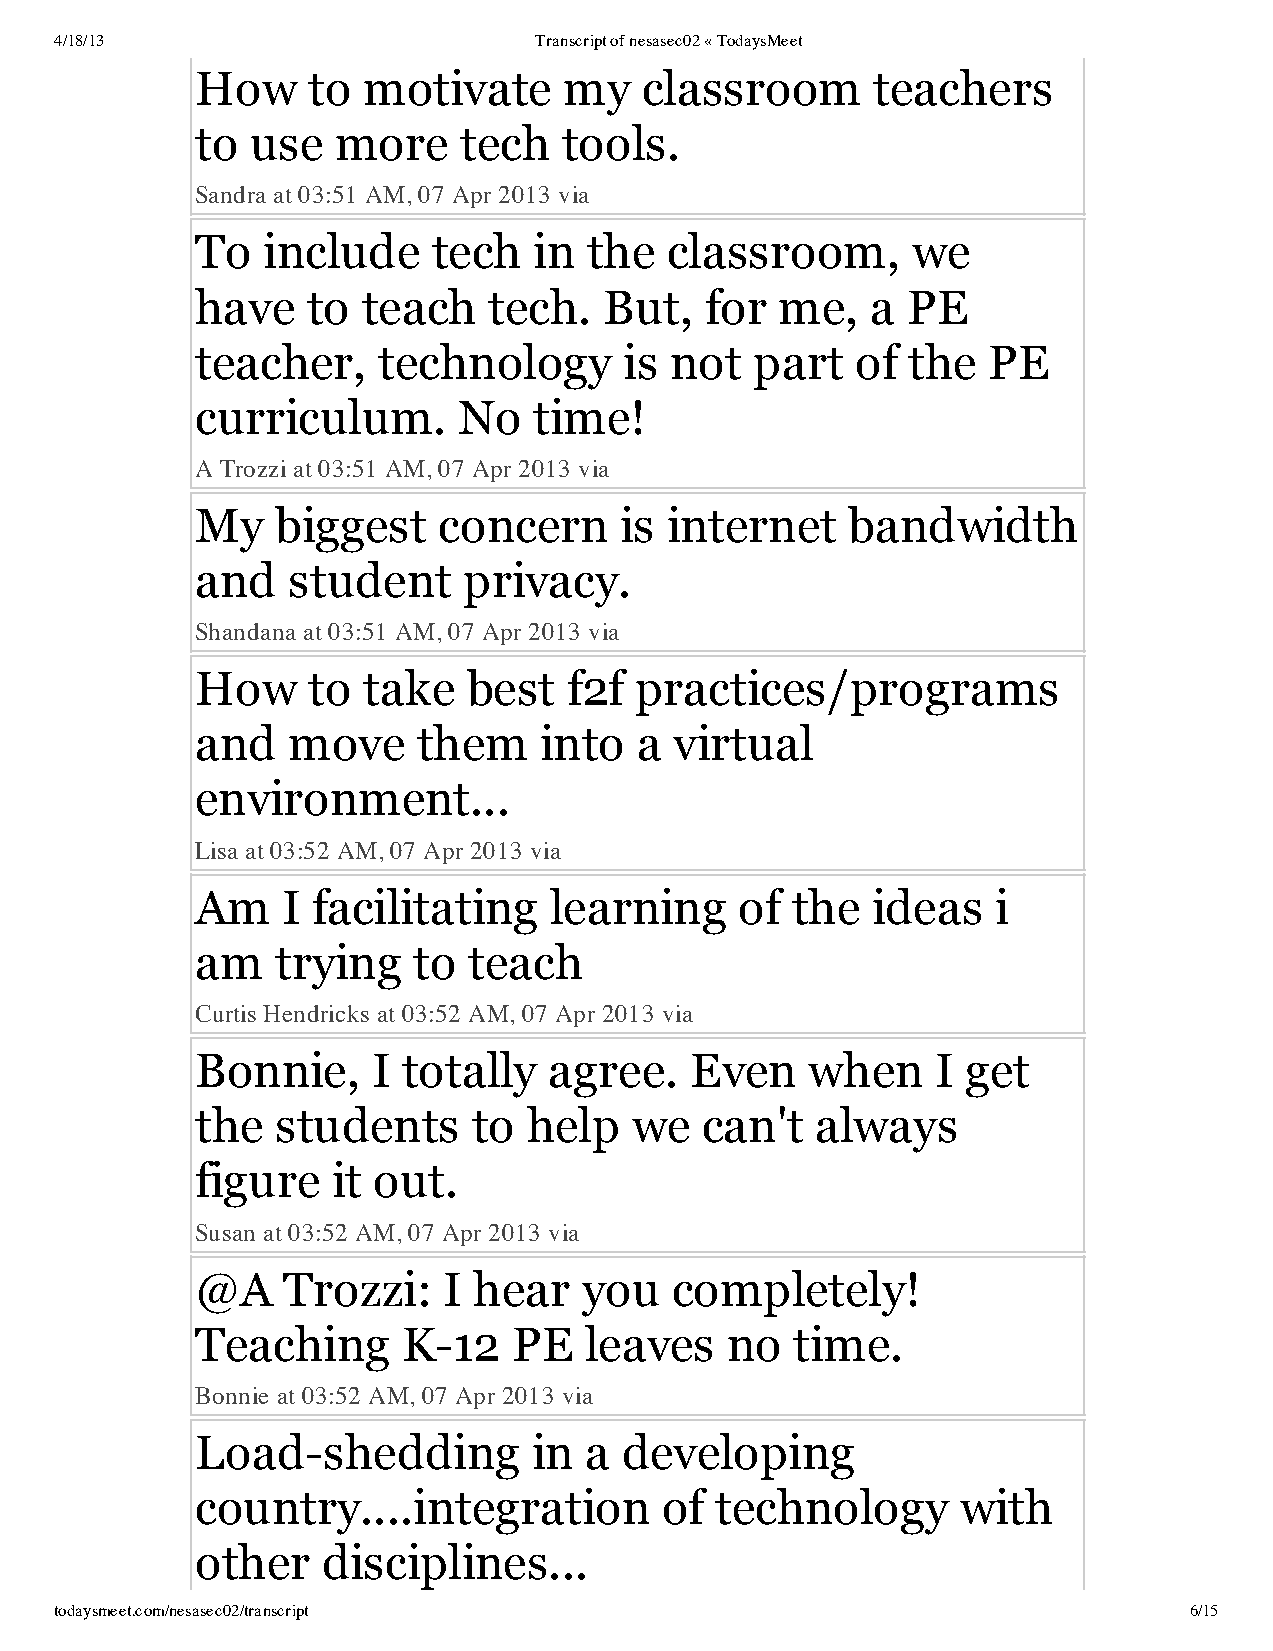
4/18/13                        Transcript of nesasec02 « TodaysMeet
 How    to  motivate     my   classroom       teachers
 to  use  more    tech   tools.
 Sandra at 03:51 AM, 07 Apr 2013 via
 To  include     tech  in  the  classroom,      we
 have   to  teach   tech.   But,   for  me,   a PE
 teacher,    technology      is not   part   of the  PE
 curriculum.      No   time!
 A Trozzi at 03:51 AM, 07 Apr 2013 via
 My   biggest    concern     is internet    bandwidth
 and   student     privacy.
 Shandana at 03:51 AM, 07 Apr 2013 via
 How    to  take   best   f2f practices/programs
 and   move     them    into  a  virtual
 environment...
 Lisa at 03:52 AM, 07 Apr 2013 via
 Am    I facilitating   learning     of the   ideas   i
 am   trying   to  teach
 Curtis Hendricks at 03:52 AM, 07 Apr 2013 via
 Bonnie,     I totally  agree.    Even    when    I get
 the  students     to  help   we  can't   always
 figure   it out.
 Susan at 03:52 AM, 07 Apr 2013 via
 @A    Trozzi:   I hear    you  completely!
 Teaching      K-12   PE   leaves   no   time.
 Bonnie at 03:52 AM, 07 Apr 2013 via
 Load-shedding         in  a developing
 country....integration         of technology       with
 other   disciplines...
 todaysmeet.com/nesasec02/transcript                                        6/15